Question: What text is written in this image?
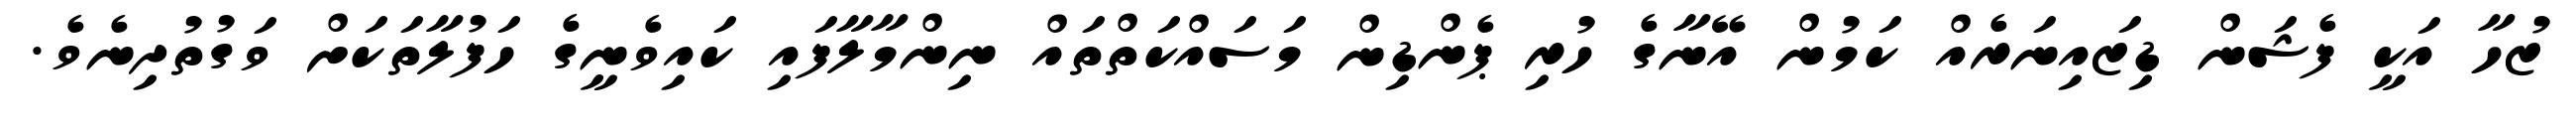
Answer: ޒުހާ އަކީ ފެޝަން ޑިޒައިނަރެއް ކަމުން އޭނާގެ ހުރި ޕެންޑިން މަސައްކަތްތައް ނިންމާލާފައި ކައިވެނީގެ ހަފުލާތަކަށް ވަގުތުދިނެވެ.